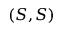
( S , S )